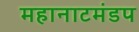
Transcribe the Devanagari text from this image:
महानाटमंडप